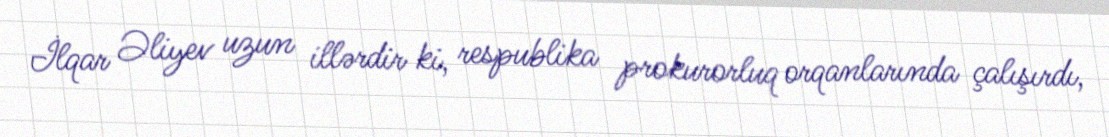
İlqar Əliyev uzun illərdir ki, respublika prokurorluq orqanlarında çalışırdı,